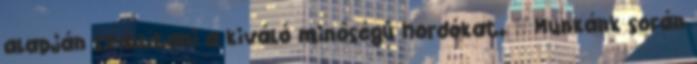
alapján szállítani a kiváló minôségû hordókat. — Munkánk során